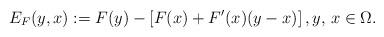
LaTeX: \begin{align*} E_{F}(y,x):= F(y)-\left[ F(x)+F'(x)(y-x)\right],y,\, x\in \Omega.\end{align*}